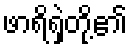
ဖာရိရှဲတို့၏